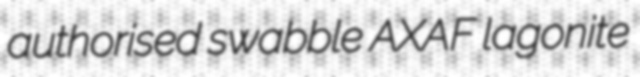
authorised swabble AXAF lagonite